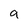
Character: a